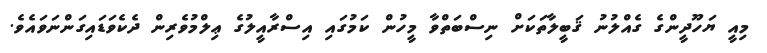
މިއީ ޔަހޫދީންގެ ގެއްލުނު ޤަބީލާތަކަށް ނިސްބަތްވާ މީހުން ކަމުގައި އިސްރާއީލުގެ ޢިލްމުވެރިން ދެކެވަޑައިގަންނަވައެވެ.